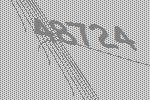
48724